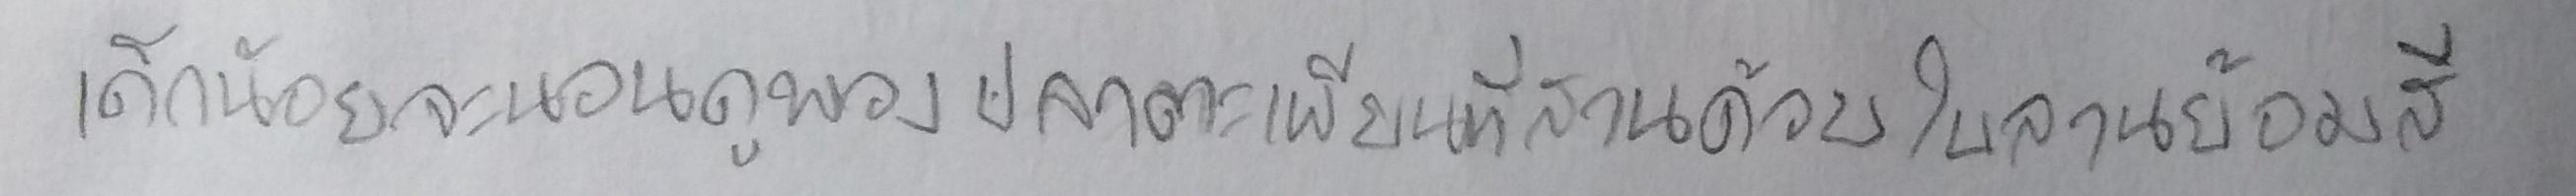
เด็กน้อยจะนอนดูพวงปลาตะเพียนที่สานด้วยใบลานย้อมสี